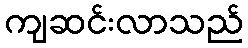
ကျဆင်းလာသည်